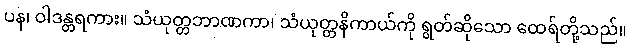
ပန၊ ဝါဒန္တရကား။ သံယုတ္တဘာဏကာ၊ သံယုတ္တနိကာယ်ကို ရွတ်ဆိုသော ထေရ်တို့သည်။